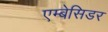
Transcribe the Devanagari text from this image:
एम्बेसिडर